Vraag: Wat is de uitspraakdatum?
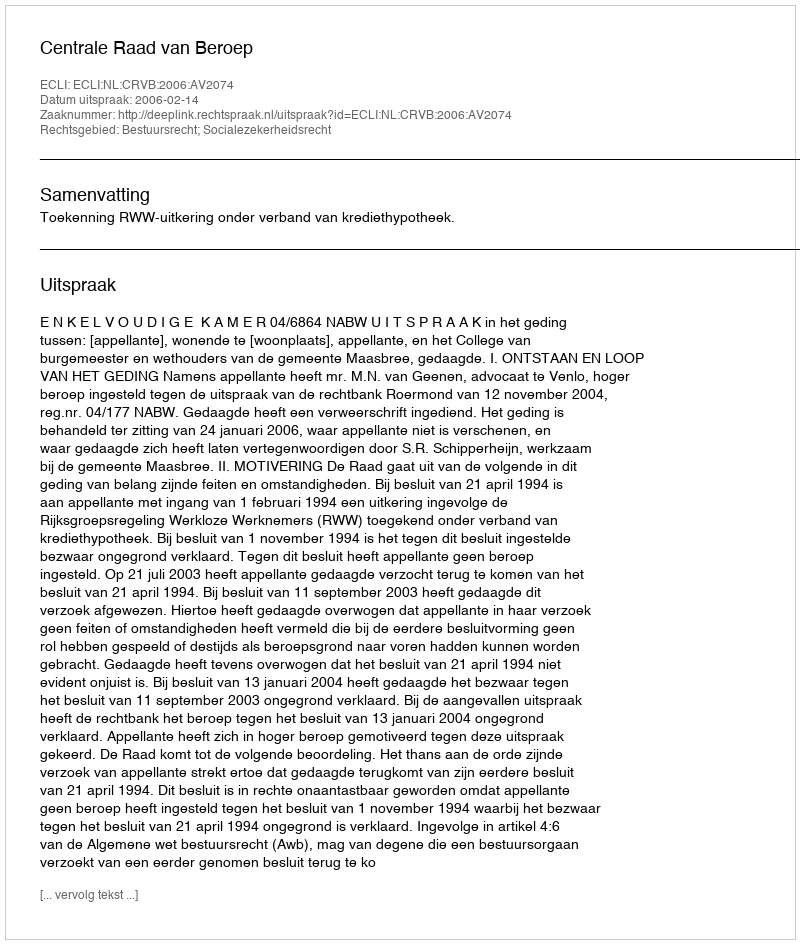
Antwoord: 2006-02-14